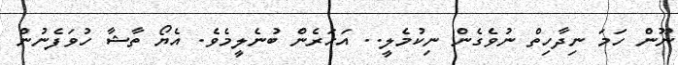
ނޫން ހަމަ ނިދާހިތް ނުވެގެން ނިކުމެލީ.. އަހަރެން ބުނެލީމެވެ. އެޔޯ ތާޝާ ހުވަފެނުން